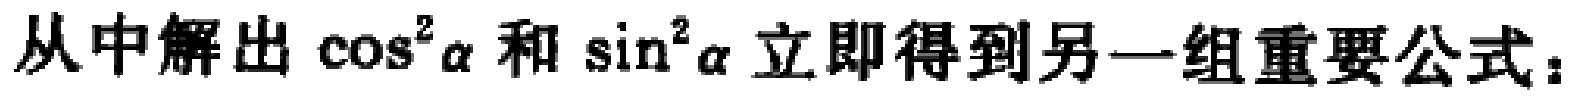
从中解出\(\cos^{2}\alpha\)和\(\sin^{2}\alpha\)立即得到另一组重要公式：